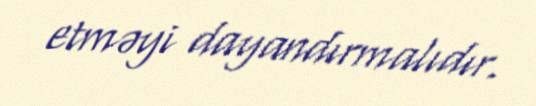
etməyi dayandırmalıdır.